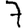
Digit: 7